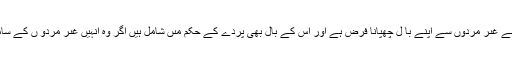
([2]) جب عورت بالغہ ہو گئى تو اب اسے غىر مَردوں سے اپنے با ل چھپانا فرض ہے اور اس کے بال بھى پَردے کے حکم مىں شامل ہیں اگر وہ انہیں غىر مَردو ں کے سامنے ظاہر کرے گى تو گناہ گار ہو گى ۔